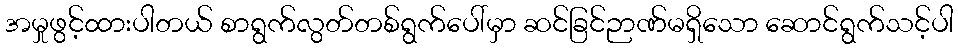
အမှုဖွင့်ထားပါတယ် စာရွက်လွတ်တစ်ရွက်ပေါ်မှာ ဆင်ခြင်ဉာဏ်မရှိသော ဆောင်ရွက်သင့်ပါ